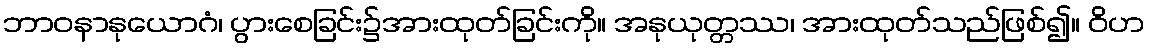
ဘာဝနာနုယောဂံ၊ ပွားစေခြင်း၌အားထုတ်ခြင်းကို။ အနုယုတ္တဿ၊ အားထုတ်သည်ဖြစ်၍။ ဝိဟ